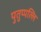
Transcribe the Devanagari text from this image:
पुतुप्पल्लि